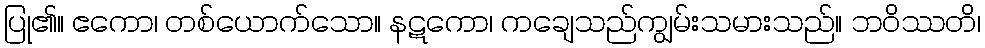
ပြု၏။ ဧကော၊ တစ်ယောက်သော။ နဋကော၊ ကချေသည်ကျွမ်းသမားသည်။ ဘဝိဿတိ၊